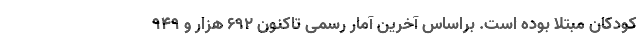
کودکان مبتلا بوده است. براساس آخرین آمار رسمی تاکنون ۶۹۲ هزار و ۹۴۹